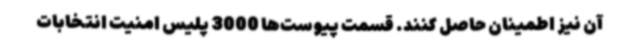
آن نیز اطمینان حاصل کنند. قسمت پیوست‌ها 3000 پلیس امنیت انتخابات